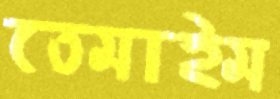
তেমাইম